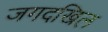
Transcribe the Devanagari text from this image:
जगदखिल